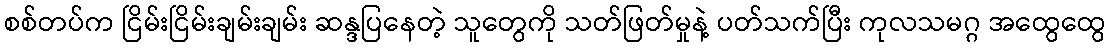
စစ်တပ်က ငြိမ်းငြိမ်းချမ်းချမ်း ဆန္ဒပြနေတဲ့ သူတွေကို သတ်ဖြတ်မှုနဲ့ ပတ်သက်ပြီး ကုလသမဂ္ဂ အထွေထွေ